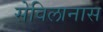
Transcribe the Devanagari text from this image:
सेविलानास